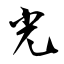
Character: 光